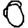
Digit: 0